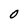
Character: O